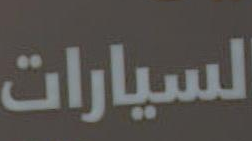
السيارات